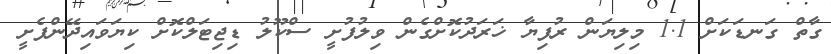
ގާތް ގަނޑަކަށް 1.1 މިލިޔަން ރުފިޔާ ޚަރަދުކޮށްގެން ވިލުފުށީ ސްކޫލު ޑިޖިޓަލްކޮށް ކިޔަވައިދޭންފެށީ